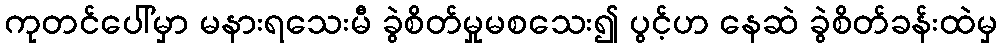
ကုတင်ပေါ်မှာ မနားရသေးမီ ခွဲစိတ်မှုမစသေး၍ ပွင့်ဟ နေဆဲ ခွဲစိတ်ခန်းထဲမှ